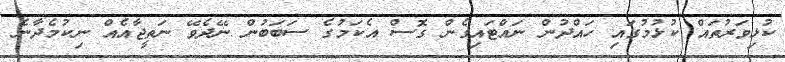
ކުޅިވަރުތައް ކުޅުމުގައި ހައްދުން ނައްޓައިގެން ގޮސް އެކަމުގެ ސަބަބުން ނޭދެވޭ ނަތީޖާއެއް ނިކުމެދާނެ